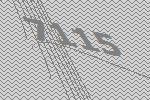
7115